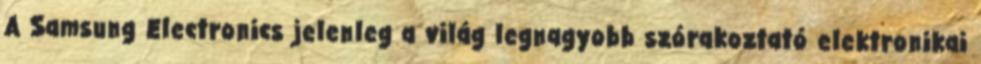
A Samsung Electronics jelenleg a világ legnagyobb szórakoztató elektronikai